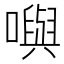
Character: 𡁎